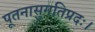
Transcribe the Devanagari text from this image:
पूतनासुगतिप्रदः।